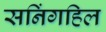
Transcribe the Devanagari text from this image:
सनिंगहिल